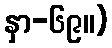
နှာ-၆၉။)